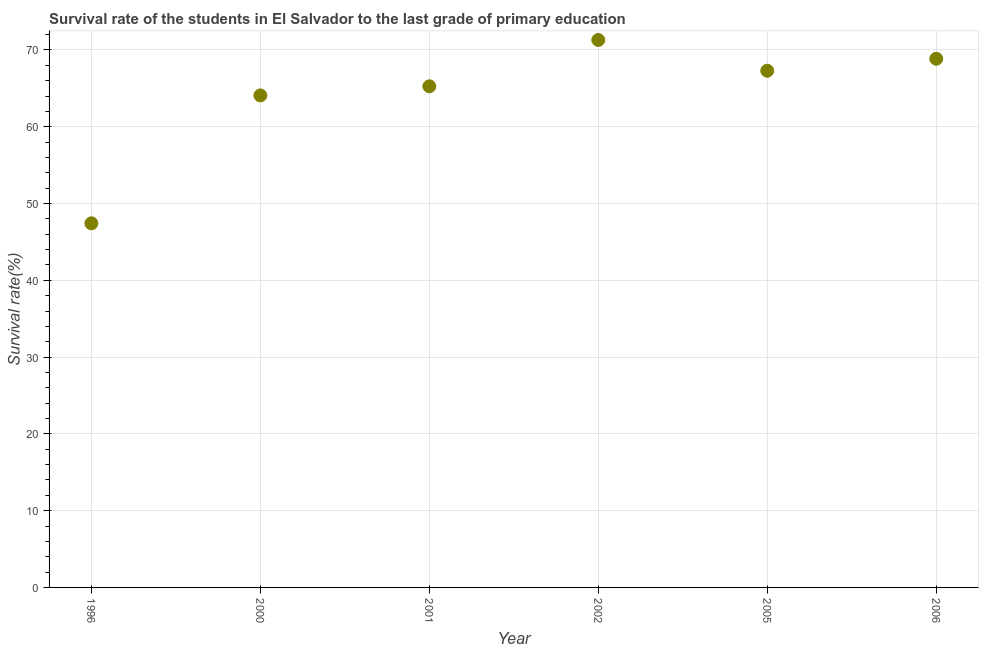
| Year | Primary Education |
 | --- | --- |
 | 1996 | 47.4 |
 | 2000 | 64.1 |
 | 2001 | 65.3 |
 | 2002 | 71.3 |
 | 2005 | 67.3 |
 | 2006 | 68.9 |